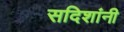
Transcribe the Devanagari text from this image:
सदिशांनी